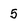
Character: 5